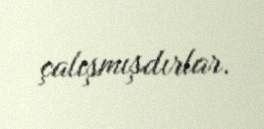
çalışmışdırlar.